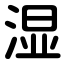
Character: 湿